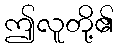
ဤလူတို့၏